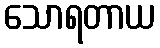
သောရတာယ